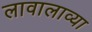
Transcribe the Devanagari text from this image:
लावालाव्या